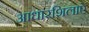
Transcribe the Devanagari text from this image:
आधारशिलाऐं